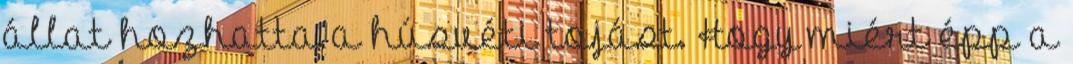
állat hozhatta a húsvéti tojást. Hogy miért épp a